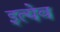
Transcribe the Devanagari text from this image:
इत्येव